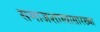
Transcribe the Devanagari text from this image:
समाजशास्त्रासारख्या